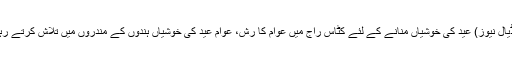
ڈھڈیال نیوز) عید کی خوشیاں منانے کے لئے کٹاس راج میں عوام کا رش، عوام عید کی خوشیاں ہندوں کے مندروں میں تلاش کرتے رہے۔